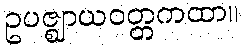
ဥပဇ္ဈာယဝတ္တကထာ။